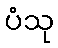
ပံသု